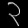
Digit: ၃